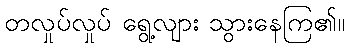
တလှုပ်လှုပ် ရွေ့လျား သွားနေကြ၏။